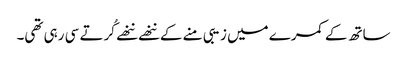
ساتھ کے کمرے میں زیبی منے کے ننھے ننھے کُرتے سی رہی تھی۔